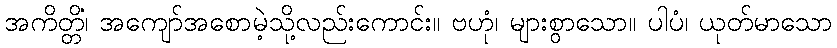
အကိတ္တိံ၊ အကျော်အစောမဲ့သို့လည်းကောင်း။ ဗဟုံ၊ များစွာသော။ ပါပံ၊ ယုတ်မာသော